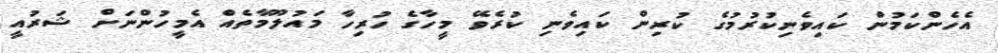
އެހެންކަމުން ކައިވެނިކުރުމުގެ ކުރިން ކައިވެނި ކުރެވޭ މީހާގެ ހުރިހާ މައުލޫމާތެއް އެމީހުންނަށް ޝަރުއީ